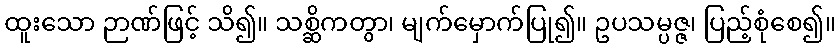
ထူးသော ဉာဏ်ဖြင့် သိ၍။ သစ္ဆိကတွာ၊ မျက်မှောက်ပြု၍။ ဥပသမ္ပဇ္ဇ၊ ပြည့်စုံစေ၍။